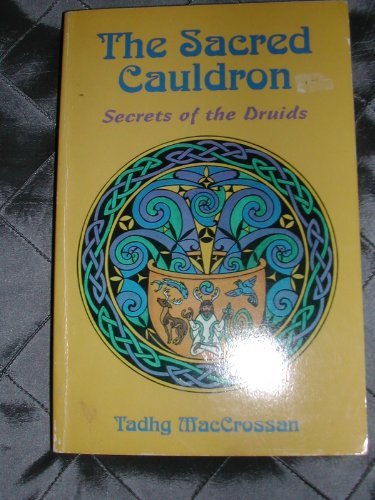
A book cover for Sacred Cauldron (Llewellyn's World Magic Series); Maccrossan; Religion & Spirituality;